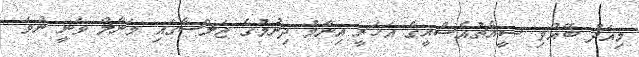
މިއަދު ބޭއްވި ސީއެޗުއެސްއީގެ އަހަރީ އިނާމު ދިނުމުގެ ޖަލްސާގައި މަނާލް ވަނީ ނުވަ